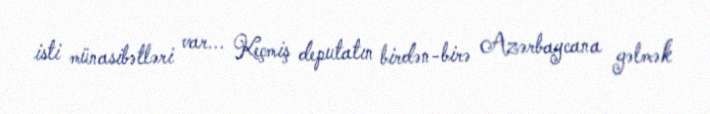
isti münasibətləri var... Keçmiş deputatın birdən-birə Azərbaycana gəlmək